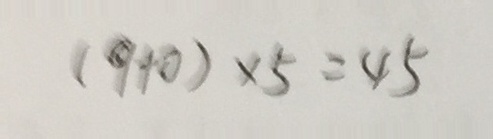
( 9 + 0 ) \times 5 = 4 5